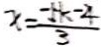
x = \frac { - 5 k - 4 } { 3 }